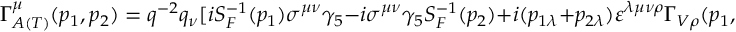
\Gamma _ { A ( T ) } ^ { \mu } ( p _ { 1 } , p _ { 2 } ) = q ^ { - 2 } q _ { \nu } [ i S _ { F } ^ { - 1 } ( p _ { 1 } ) \sigma ^ { \mu \nu } \gamma _ { 5 } - i \sigma ^ { \mu \nu } \gamma _ { 5 } S _ { F } ^ { - 1 } ( p _ { 2 } ) + i ( p _ { 1 \lambda } + p _ { 2 \lambda } ) \varepsilon ^ { \lambda \mu \nu \rho } \Gamma _ { V \rho } ( p _ { 1 } , p _ { 2 } ) ] .